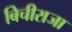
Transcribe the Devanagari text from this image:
बिचीराजा